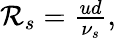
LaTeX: \begin{array}{r}{{\cal R}_{s}=\frac{ud}{\nu_{s}},}\end{array}